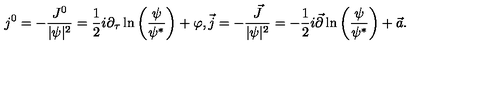
j ^ { 0 } = - \frac { J ^ { 0 } } { | \psi | ^ { 2 } } = \frac { 1 } { 2 } i \partial _ { \tau } \ln \left( \frac { \psi } { \psi ^ { * } } \right) + \varphi , \vec { j } = - \frac { \vec { J } } { | \psi | ^ { 2 } } = - \frac { 1 } { 2 } i \vec { \partial } \ln \left( \frac { \psi } { \psi ^ { * } } \right) + \vec { a } .